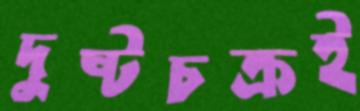
দুষ্টচক্রই